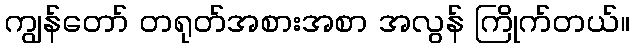
ကျွန်တော် တရုတ်အစားအစာ အလွန် ကြိုက်တယ်။